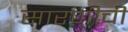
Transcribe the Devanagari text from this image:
सारणीची